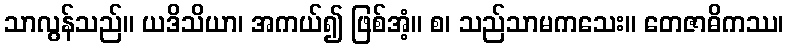
သာလွန်သည်။ ယဒိသိယာ၊ အကယ်၍ ဖြစ်အံ့။ စ၊ သည်သာမကသေး။ တေဇာဓိကဿ၊